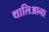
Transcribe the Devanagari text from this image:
थालिआना